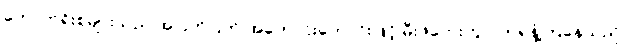
ကောက်ရိုးစများသည် အပြတ်ပြတ် အတောင်းတောင်းဖြင့် မီးဖိုဘေးတွင် တရနံ့ကြဲနေသည်။